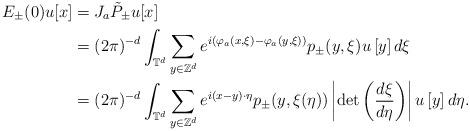
LaTeX: \begin{align*}E_\pm(0)u[x]&=J_a \tilde P_\pm u[x] \\&=(2\pi)^{-d}\int_{\mathbb{T}^d}\sum_{y\in\mathbb{Z}^d} e^{i(\varphi_a(x,\xi)-\varphi_a(y,\xi))}p_\pm(y,\xi)u\left[y\right]d\xi \\&=(2\pi)^{-d}\int_{\mathbb{T}^d}\sum_{y\in\mathbb{Z}^d} e^{i(x-y)\cdot\eta}p_\pm(y,\xi(\eta))\left|\det\left(\frac{d\xi}{d\eta}\right)\right|u\left[y\right]d\eta.\end{align*}